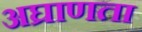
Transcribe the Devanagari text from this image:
अघ्राणता